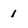
Character: 1